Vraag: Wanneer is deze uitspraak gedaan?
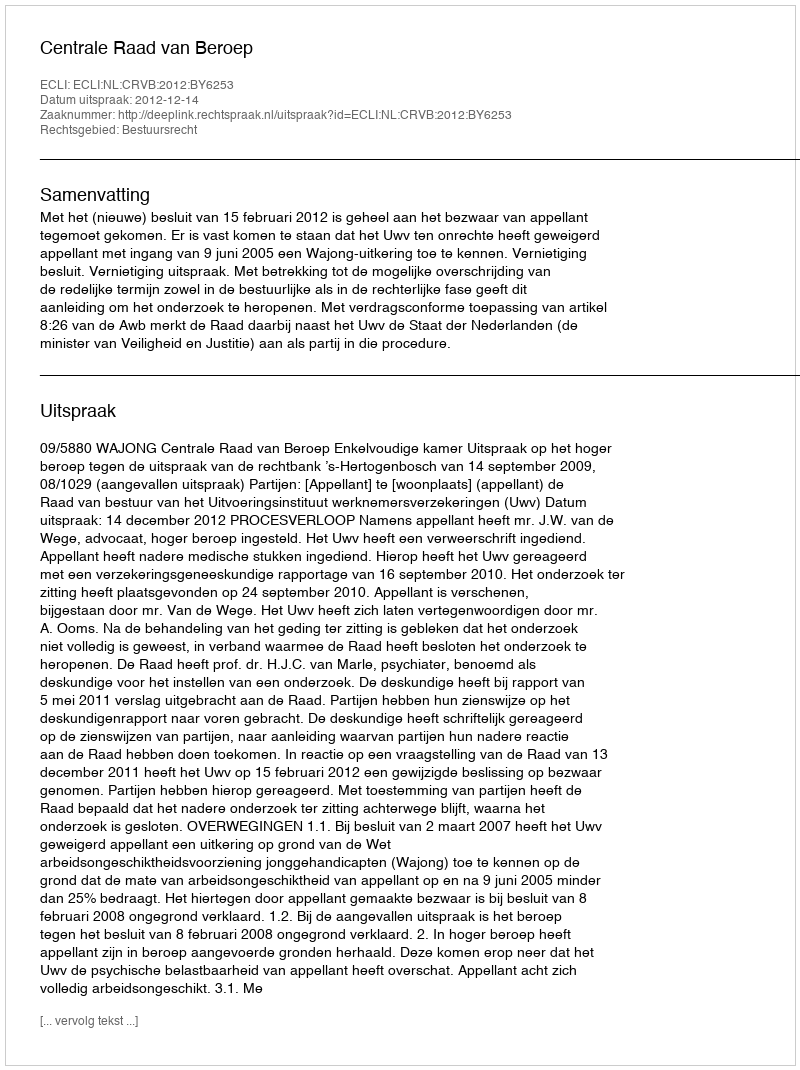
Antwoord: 2012-12-14